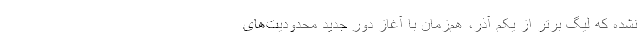
نشده که لیگ برتر از یکم آذر، هم‌زمان با آغاز دور جدید محدودیت‌های